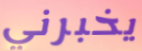
يخبرني